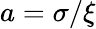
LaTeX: a=\sigma/\xi